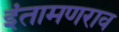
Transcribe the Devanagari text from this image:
इंतामणराव